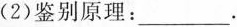
(2)鉴别原理：___.